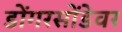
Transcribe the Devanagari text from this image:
डोंगरसोंडेवर